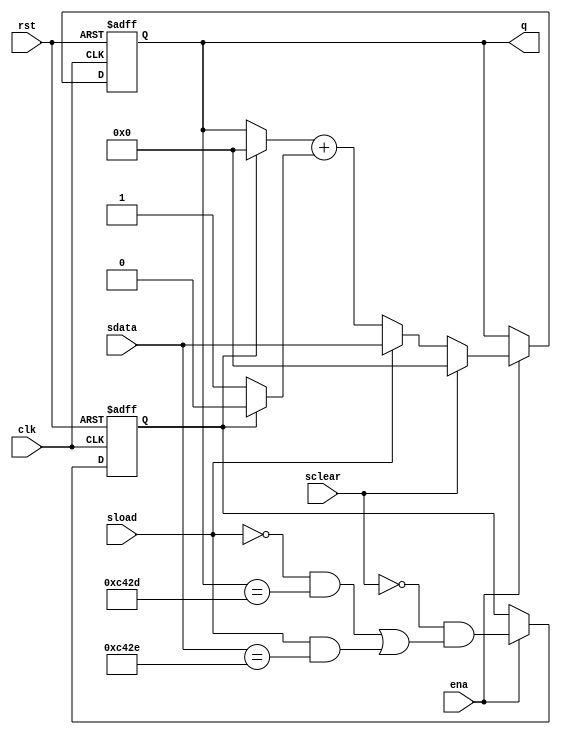
module cntr_modulus_la (clk,ena,rst,sload,sdata,sclear,q);

parameter WIDTH = 16;
parameter MOD_VAL = 50223;

input clk,ena,rst,sload,sclear;
input [WIDTH-1:0] sdata;

output [WIDTH-1:0] q;
reg [WIDTH-1:0] q;

// This register will be 1 when the counter is 
// in the maximum value state.  Because of the 
// extra latency it needs to detect counting from
// one less than the maximum value, or sloading the
// max.
//
reg pre_maxed;
always @(posedge clk or posedge rst) begin
	if (rst) pre_maxed <= 1'b0;
	else if (ena) begin
		pre_maxed <= !sclear &&
					(!sload && (q == MOD_VAL-2) ||
					 sload && (sdata == MOD_VAL-1)) ;
	end
end

// Basic modulus counter.  The wrap signal is
// registered to improve fmax
//
always @(posedge clk or posedge rst) begin
	if (rst) q <= 0;
	else begin
		if (ena) begin
			if (sclear) q <= 0;
			else if (sload) q <= sdata;
			else q <= (pre_maxed ? 0 : q) + (pre_maxed ? 0 : 1'b1);
		end
	end
end

endmodule